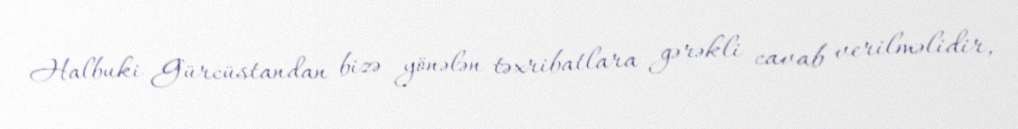
Halbuki Gürcüstandan bizə yönələn təxribatlara gərəkli cavab verilməlidir,